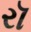
રૉ